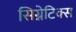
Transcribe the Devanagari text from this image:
सिग्नेटिक्स